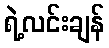
ရဲ့လင်းချန်